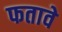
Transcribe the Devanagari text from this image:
फतावे